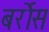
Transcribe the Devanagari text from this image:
बर्रोस